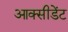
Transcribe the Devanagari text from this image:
आक्सीडेंट